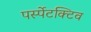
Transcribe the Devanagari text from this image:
पर्स्पेटक्टिव